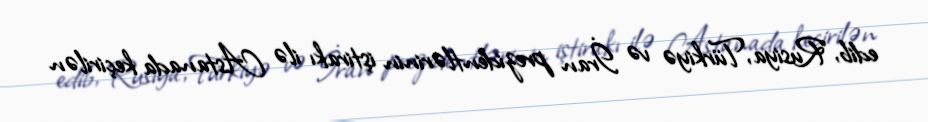
edib, Rusiya, Türkiyə və İran prezidentlərinin iştirakı ilə Astanada keçirilən